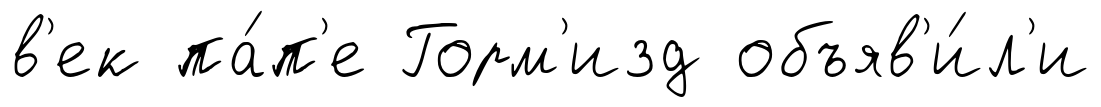
в'ек па́п'е Горм'изд объяв'и́л'и